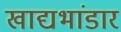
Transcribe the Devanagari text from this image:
खाद्यभांडार